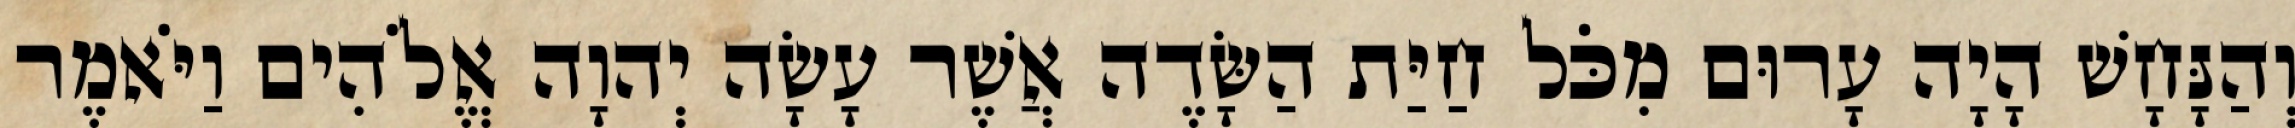
וְהַנָּחָשׁ הָיָה עָרוּם מִכֹּל חַיַּת הַשָּׂדֶה אֲשֶׁר עָשָׂה יְהוָה אֱלֹהִים וַיֹּאמֶר